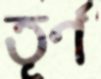
তূর্ণ